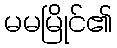
မမမြိုင်၏